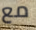
مع